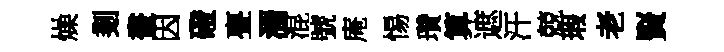
燥剗畫因磴亹濁混號庵惕瓚算遮汗兢瑕老賢